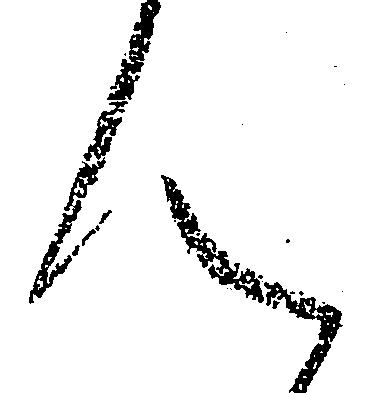
ん